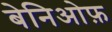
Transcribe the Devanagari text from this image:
बेनिओफ़